Problem: 1 - 1 = ?
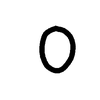
Handwritten answer: 0